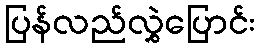
ပြန်လည်လွှဲပြောင်း